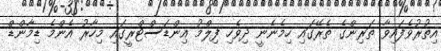
އިތުރުވެފައިވާ ތަރިންގެ ތެރޭގައި ހިމެނެނީ ދިވެހި ފިލްމު އިންޑަސްޓްރީގައި މިހާރު އެންމެ ޑިމާންޑް